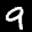
Label: 9